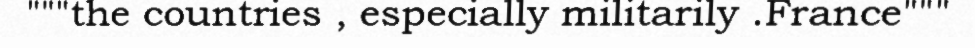
"""the countries , especially militarily .France"""